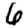
Digit: 6